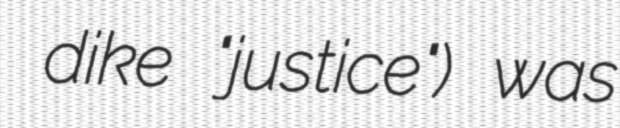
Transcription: δικη dike "justice") was